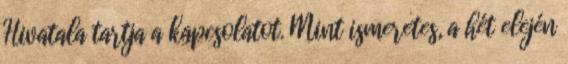
Hivatala tartja a kapcsolatot. Mint ismeretes, a hét elején